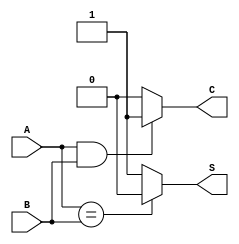
//Half Adder using Behavioural Level
//ha3.v

module ha3(A,B,S,C);
input A,B;
output reg S,C;
always@(*)
begin
if(A==B)
S = 1'b0;
else
S = 1'b1;
if(A==1 && B==1)
C = 1'b1;
else
C=1'b0;
end
endmodule